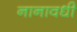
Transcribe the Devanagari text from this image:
नानावधी